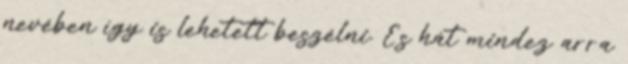
nevében így is lehetett beszélni. És hát mindez arra